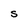
Character: S